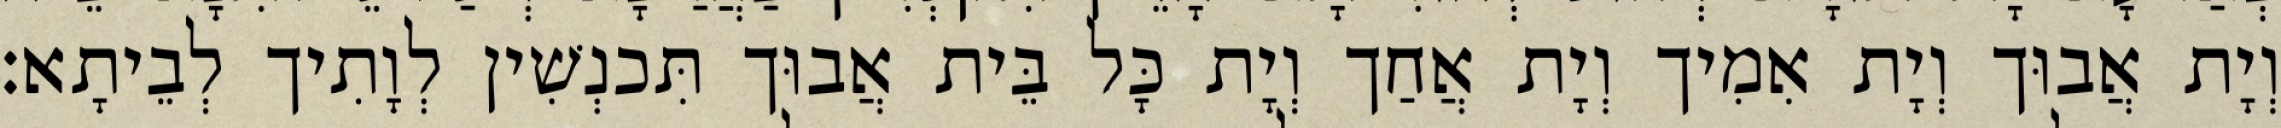
וְיָת אֲבוּך וְיָת אִמִיך וְיָת אֲחַך וְיָת כָּל בֵּית אֲבוּך תִּכנְשִׁין לְוָתִיך לְבֵיתָא׃